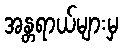
အန္တရာယ်များမှ